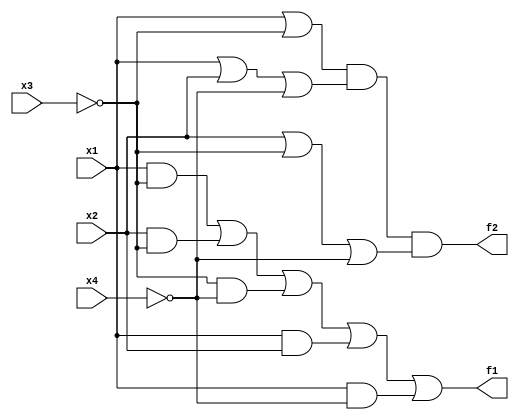
module Exercise2_64 (input x1, input x2, input x3, input x4, output f1, output f2);
	assign f1 = (x1 & ~x3) | (x2 & ~x3) | (~x3 & ~x4) | (x1 & x2) | (x1 & ~x4);
	assign f2 = (x1 | ~x3) & (x1 | x2 | ~x4) & (x2 | ~x3 | ~x4);
endmodule